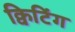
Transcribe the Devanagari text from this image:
क्विटिंग